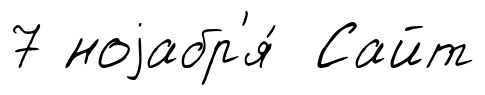
7 ноjабр'я́ Сайт